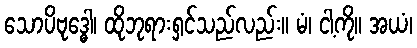
သောပိဗုဒ္ဓေါ၊ ထိုဘုရားရှင်သည်လည်း။ မံ၊ ငါ့ကို။ အယံ၊